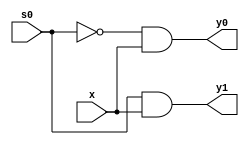

module Demux_1x2(
    input s0,
    input x,
    output y0,
    output y1
);


wire not_s0;

not NOT1(not_s0,s0);
and AND1(y0,not_s0,x);
and AND2(y1,s0,x);

endmodule